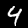
Digit: 4